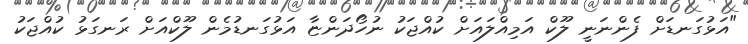
"އަޅުގަނޑަށް ފެންނަނީ ލޫކް އަމިއްލައަށް ކުއްޖަކު ނުހޯދަންޏާ އަޅުގަނޑުމެން ލޫކްއަށް ރަނގަޅު ކުއްޖަކު